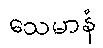
သေမာနံ